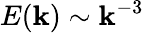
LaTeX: E(\mathbf{k})\sim\mathbf{k}^{-3}